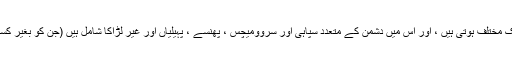
ترتیبات کارخانوں سے لے کر فوجی اڈوں تک ، دفتروں سے لے کر اسپیس اسٹیشنوں تک مختلف ہوتی ہیں ، اور اس میں دشمن کے متعدد سپاہی اور سروومیچس ، پھنسے ، پہیلیاں اور غیر لڑاکا شامل ہیں (جن کو بغیر کسی جرمانے کے مارا جاسکتا ہے اور کریڈٹ کے بدلے ان کی لاشیں لوٹی جاسکتی ہیں)۔